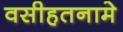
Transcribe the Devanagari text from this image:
वसीहतनामे